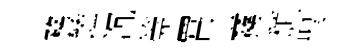
務饁沉筦罥霧頹聖